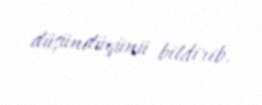
düşündüyünü bildirib.